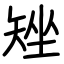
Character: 矬